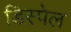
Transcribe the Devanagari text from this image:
डिस्पेल